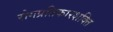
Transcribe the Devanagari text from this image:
रोगप्रतिकारशक्ति